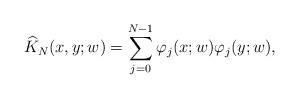
LaTeX: \begin{align*}\widehat{K}_N(x,y;w) = \sum_{j=0}^{N-1} \varphi_{j}(x;w) \varphi_j(y;w),\end{align*}